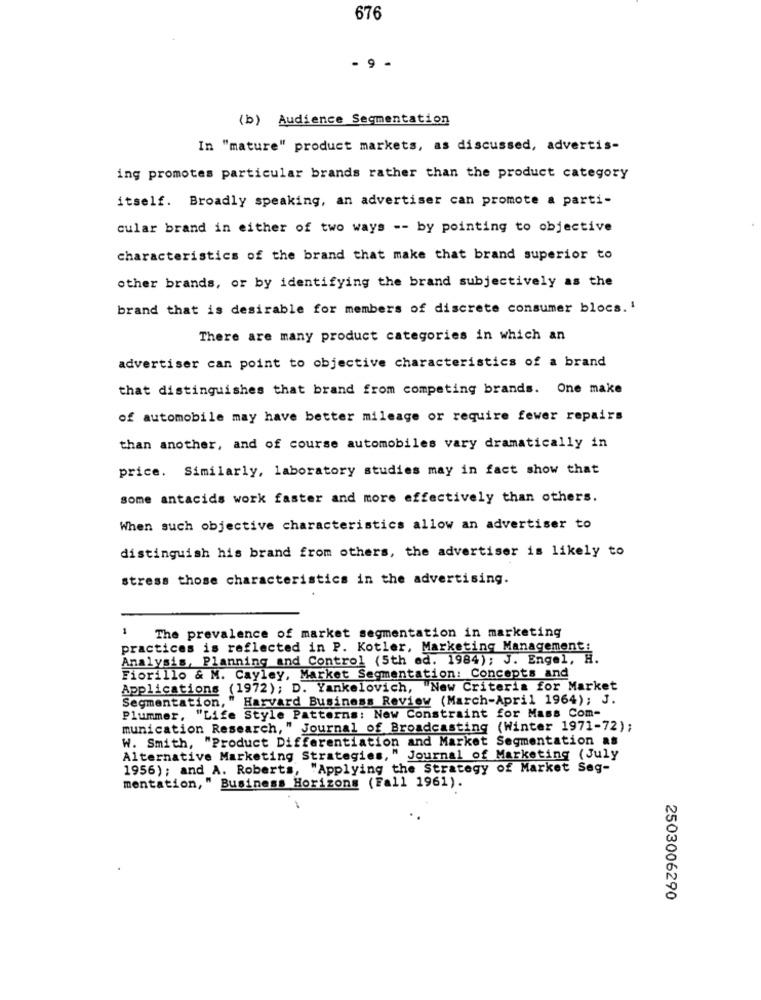
676
- 9 -
(b) Audience Segmentation
In "mature" product markets, as discussed, advertis-
ing promotes particular brands rather than the product category
itself. Broadly speaking, an advertiser can promote a parti-
cular brand in either of two ways -- by pointing to objective
characteristics of the brand that make that brand superior to
other brands, or by identifying the brand subjectively as the
brand that is desirable for members of discrete consumer blocs.'
There are many product categories in which an
advertiser can point to objective characteristics of a brand
that distinguishes that brand from competing brands. One make
of automobile may have better mileage or require fewer repairs
than another, and of course automobiles vary dramatically in
price. Similarly, laboratory studies may in fact show that
some antacids work faster and more effectively than others.
When such objective characteristics allow an advertiser to
distinguish his brand from others, the advertiser is likely to
stress those characteristics in the advertising.
1
The prevalence of market segmentation in marketing
practices is reflected in P. Kotler, Marketing Management:
Analysis, Planning and Control (5th ed. 1984); J. Engel, H.
Fiorillo & M. Cayley, Market Segmentation: Concepts and
Applications (1972); D. Yankelovich, "New Criteria for Market
Segmentation," Harvard Business Review (March-April 1964); J.
Plummer, "Life Style Patterns: New Constraint for Mass Com-
munication Research," Journal of Broadcasting (Winter 1971-72);
W. Smith, "Product Differentiation and Market Segmentation as
Alternative Marketing Strategies, " Journal of Marketing (July
1956); and A. Roberts, "Applying the Strategy of Market Seg-
mentation, " Business Horizons (Fall 1961).
2503006290